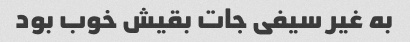
به غیر سیفی جات بقیش خوب بود